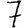
Digit: 7